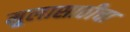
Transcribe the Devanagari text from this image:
मुलासाठीचा